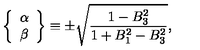
\left\{ \begin{array} { c } { \alpha } \\ { \beta } \\ \end{array} \right\} \equiv \pm \sqrt \frac { 1 - B _ { 3 } ^ { 2 } } { 1 + B _ { 1 } ^ { 2 } - B _ { 3 } ^ { 2 } } ,